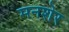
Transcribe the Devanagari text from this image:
मनशेर